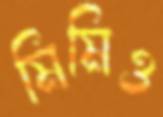
মিমিও